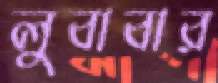
লুবাবার